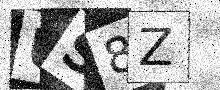
Text: US8Z